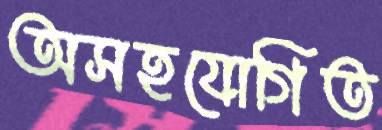
অসহযোগিত